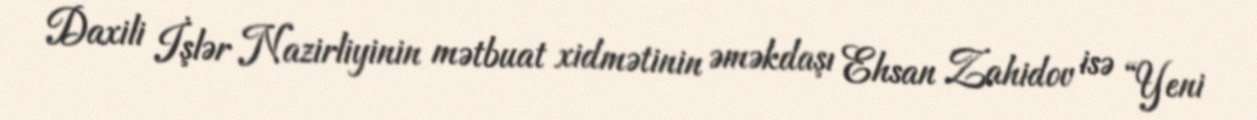
Daxili İşlər Nazirliyinin mətbuat xidmətinin əməkdaşı Ehsan Zahidov isə “Yeni